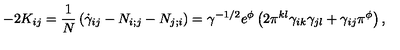
- 2 K _ { i j } = \frac { 1 } { N } \left( \dot { \gamma } _ { i j } - N _ { i ; j } - N _ { j ; i } \right) = \gamma ^ { - 1 / 2 } e ^ { \phi } \left( 2 \pi ^ { k l } \gamma _ { i k } \gamma _ { j l } + \gamma _ { i j } \pi ^ { \phi } \right) ,